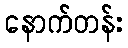
နောက်တန်း